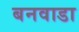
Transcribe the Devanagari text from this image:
बनवाडा